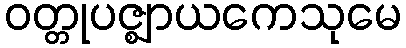
ဝတ္တုပဇ္ဈာယကေသုမေ